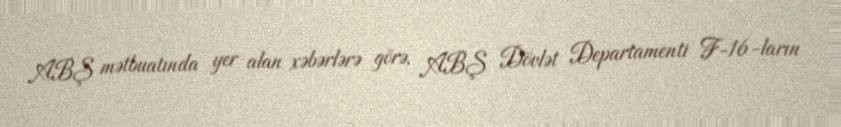
ABŞ mətbuatında yer alan xəbərlərə görə, ABŞ Dövlət Departamenti F-16-ların